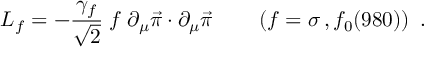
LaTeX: { \cal L } _ { f } = - \frac { \gamma _ { f } } { \sqrt { 2 } } \; f \; \partial _ { \mu } \vec { \pi } \cdot \partial _ { \mu } \vec { \pi } \qquad \left( f = \sigma \, , f _ { 0 } ( 9 8 0 ) \right) \ .